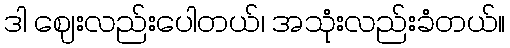
ဒါ ဈေးလည်းပေါတယ်၊ အသုံးလည်းခံတယ်။